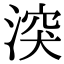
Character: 湥